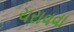
ચરાવવા